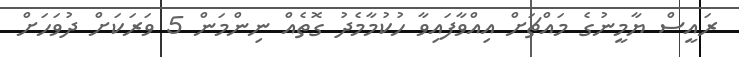
ރައީސް ޔާމީނުގެ މައްޗަށް އިއްވާފައިވާ ހުކުމާމެދު ގޮތެއް ނިންމަން 5 ވަރަކަށް ދުވަހަށް